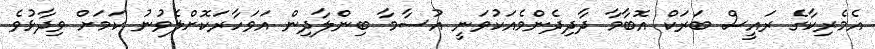
އެމެރިކާގެ ރައީސް ބަރަކް އޮބާމާ ދާދިދެންމެއަކުވަނީ އުސާމާ ބިންލާދިން އަވަހާރަކޮށްލެވުނު ކަމަށް ވިދާޅުވެ